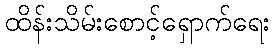
ထိန်းသိမ်းစောင့်ရှောက်ရေး